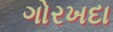
ગોરખદા